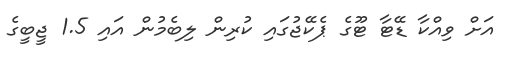
އަށް ވިއްކާ ޑޭޓާ ޓޫގެ ޕެކޭޖުގައި ކުރިން ލިބެމުން އައި 1.5 ޖީބީގެ